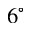
6 ^ { \circ }